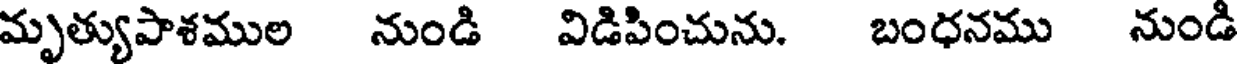
మృత్యుపాశముల నుండి విడిపించును. బంధనము నుండి